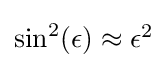
{\textstyle \sin ^{2}(\epsilon )\approx \epsilon ^{2}}